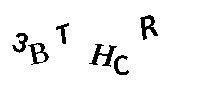
3BTHCR